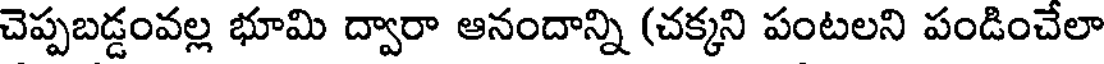
చెప్పబడ్డంవల్ల భూమి ద్వారా ఆనందాన్ని (చక్కని పంటలని పండించేలా